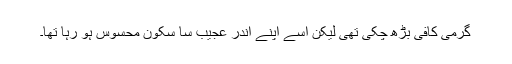
گرمی کافی بڑھ چکی تھی لیکن اسے اپنے اندر عجیب سا سکون محسوس ہو رہا تھا۔